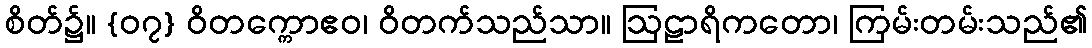
စိတ်၌။ {၀၇} ဝိတက္ကောဧဝ၊ ဝိတက်သည်သာ။ ဩဠာရိကတော၊ ကြမ်းတမ်းသည်၏